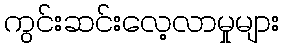
ကွင်းဆင်းလေ့လာမှုများ